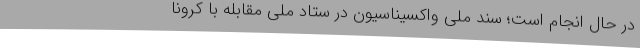
در حال انجام است؛ سند ملی واکسیناسیون در ستاد ملی مقابله با کرونا